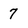
Character: 7